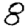
Digit: 8